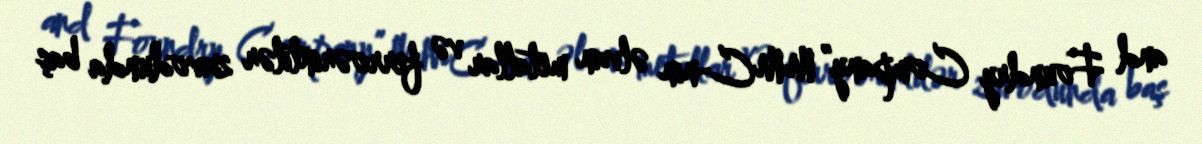
and Foundry Company” MMC-nin əlvan metallar və ferroərintilər zavodunda baş